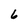
Character: 6